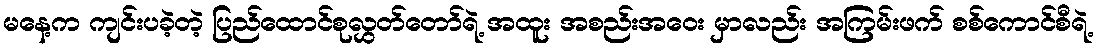
မနေ့က ကျင်းပခဲ့တဲ့ ပြည်ထောင်စုလွှတ်တော်ရဲ့ အထူး အစည်းအဝေး မှာလည်း အကြမ်းဖက် စစ်ကောင်စီရဲ့